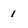
Character: 1